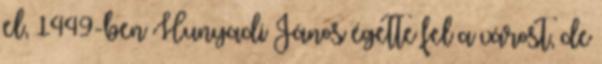
el, 1449-ben Hunyadi János égette fel a várost, de